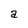
Character: a